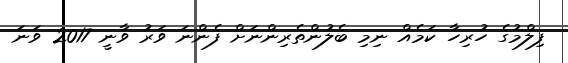
ފިލްމުގެ ހުރިހާ ކަމެއް ނިމި ބެލުންތެރިންނަށް ފެންނަ ވަރު ވާނީ 2017 ވަނަ